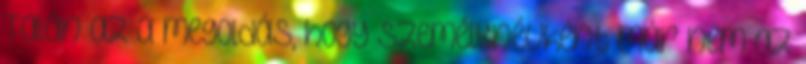
Talán az a megoldás, hogy személynévként már nem az